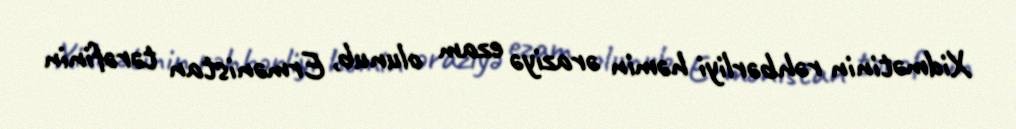
Xidmətinin rəhbərliyi həmin əraziyə ezam olunub, Ermənistan tərəfinin